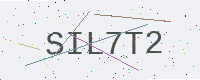
Text: SIL7T2